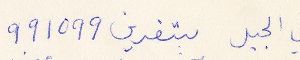
في الجبل بتغرين 991099